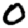
Digit: 0